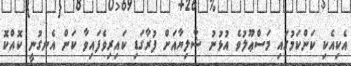
އެކިއެކި ކަންކަމުގައި މަސްޢޫލުވެ އުޅުނު ޝާލިޔާއަށް ފުރާގަޑި ކައިރިވެފައިވާ ކަން އެނގުނީ ކޮއްކޮ